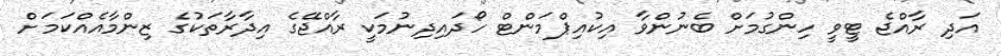
އަދި ރާއްޖެ ޓީވީ ހިންގުމަށް ބެނުންވާ އިކުއިޕްމަންޓް ހޯދައިދިނުމަކީ ރާއްޖޭގެ އިދާރާތަކުގެ ޒިންމާއެއްކަމަށް